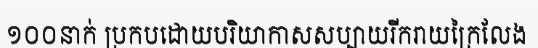
១០០នាក់ ប្រកបដោយបរិយាកាសសប្បាយរីករាយក្រៃលែង